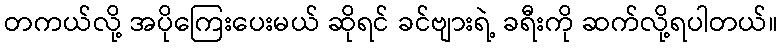
တကယ်လို့ အပိုကြေးပေးမယ် ဆိုရင် ခင်ဗျားရဲ့ ခရီးကို ဆက်လို့ရပါတယ်။